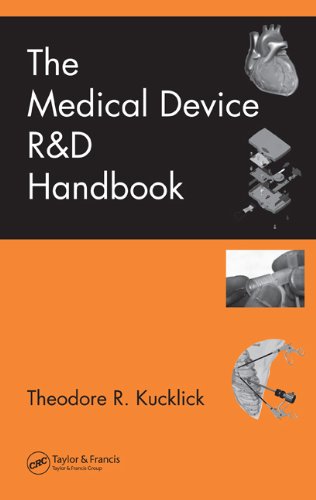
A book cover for The Medical Device R&D Handbook; Medical Books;